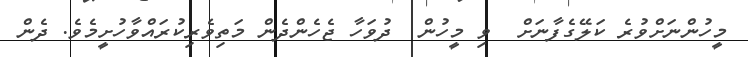
މީހުންނަށްވުރެ ކަލޭގެފާނަށް  ވި މީހުން  ދުވަހާ ޖެހެންދެން މަތިވެރިކުރައްވާހުށީމެވެ. ދެން